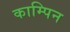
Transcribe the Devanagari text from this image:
काम्पिन